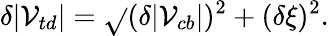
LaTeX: \delta|\mathcal{V}_{td}|=\sqrt{}{{(\delta|\mathcal{V}_{cb}|)^{2}+(\delta\xi)^{2}}}.